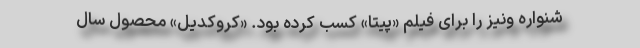
شنواره ونیز را برای فیلم «پیتا» کسب کرده بود. «کروکدیل» محصول سال